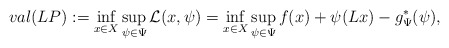
\begin{align*}val (LP) :=\inf_{x\in X}\sup_{\psi\in\Psi} \mathcal{L} (x,\psi) = \inf_{x\in X}\sup_{\psi\in\Psi} f(x) + \psi(Lx) -g^*_\Psi (\psi), \end{align*}